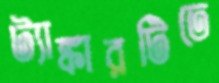
ট্যাঙ্কারটিতে